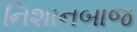
નિશાનબાજ